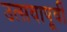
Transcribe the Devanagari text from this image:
उत्सवापूर्वी